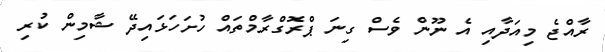
ރާއްޖެ މިއަދާއި އެ ނޫން ވެސް ގިނަ ޕްރޮގްރާމްތައް ހުށަހަޅައިދޭ ޝާމިން ކުރި